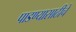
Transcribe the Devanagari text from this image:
पाडण्यासाठीचे